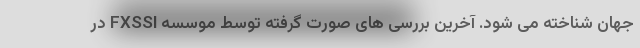
جهان شناخته می شود. آخرین بررسی های صورت گرفته توسط موسسه FXSSI در